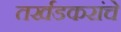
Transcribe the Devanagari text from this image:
तर्खडकरांचे